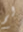
لم